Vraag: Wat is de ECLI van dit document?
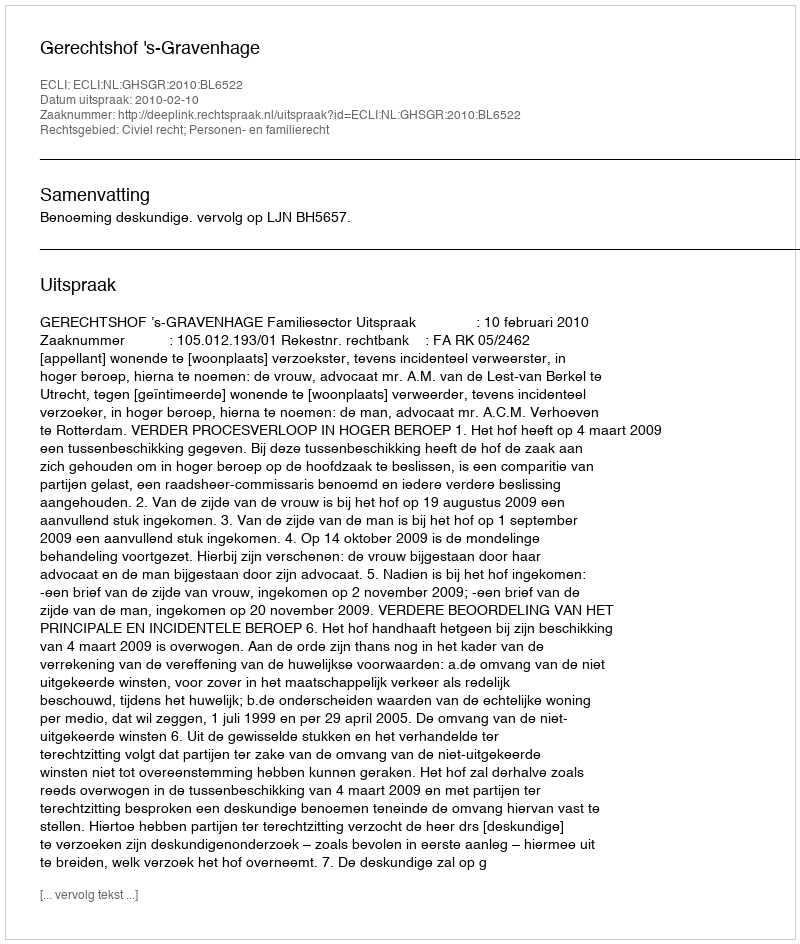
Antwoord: ECLI:NL:GHSGR:2010:BL6522